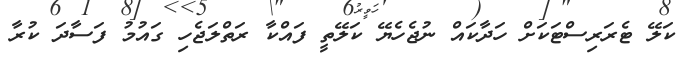
ކަލޭ ޓެރަރިސްޓަކަށް ހަދާކައް ނުޖެހެޔޭ ކަލޭތީ ފައްކާ ރަތްލަޖެހި ގައުމު ފަސާދަ ކުރާ